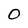
Character: 0